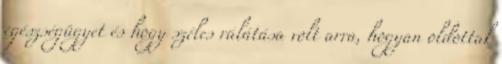
egészségügyet és hogy széles rálátása volt arra, hogyan oldottak